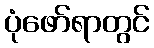
ပုံဖော်ရာတွင်